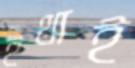
ইথাই